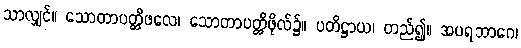
သာလျှင်။ သောတာပတ္တိဖလေ၊ သောတာပတ္တိဖိုလ်၌။ ပတိဋ္ဌာယ၊ တည်၍။ အပရဘာဂေ၊